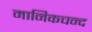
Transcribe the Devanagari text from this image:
मानिकचन्द